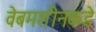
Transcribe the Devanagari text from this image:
वेबमशीनकडे